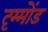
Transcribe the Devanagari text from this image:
दृम्मोंड